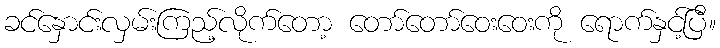
ခင်နှောင်းလှမ်းကြည့်လိုက်တော့ တော်တော်ဝေးဝေးကို ရောက်နှင့်ပြီ။